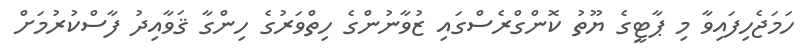
ހަމަޖެހިފައިވާ މި ޕާޓީގެ ޔޫތު ކޮންގްރެސްގައި ޒުވާނުންގެ ހިތްވަރުގެ ހިންގާ ޤަވާއިދު ފާސްކުރުމަށް